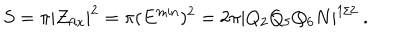
S = \pi | Z _ { \mathrm { f i x } } | ^ { 2 } = \pi ( E ^ { \mathrm { m i n } } ) ^ { 2 } = 2 \pi | Q _ { 2 } Q _ { 5 } Q _ { 6 } N | ^ { 1 / 2 } \ .